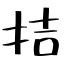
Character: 拮